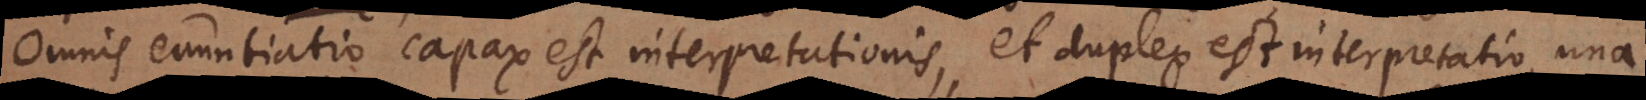
Omnis enuntiatio capax est interpretationis, et duplex est interpretatio, una